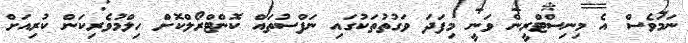
ނަމަވެސް އެ މިނިސްޓްރީން ވަނީ މިފަދަ ވަގުތުތަކުގައި ނަފްސުތައް ކޮންޓްރޯލްކޮށް ހިލްމުވެރިކަން ކުރިއަށް